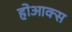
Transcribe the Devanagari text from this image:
होआक्स